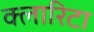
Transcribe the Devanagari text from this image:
क्लारिटा